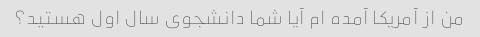
من از آمریکا آمده ام آیا شما دانشجوی سال اول هستید؟